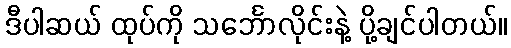
ဒီပါဆယ် ထုပ်ကို သင်္ဘောလိုင်းနဲ့ ပို့ချင်ပါတယ်။